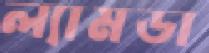
ল্যামডা